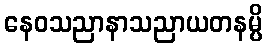
နေဝသညာနာသညာယတနမ္ပိ